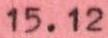
15.12